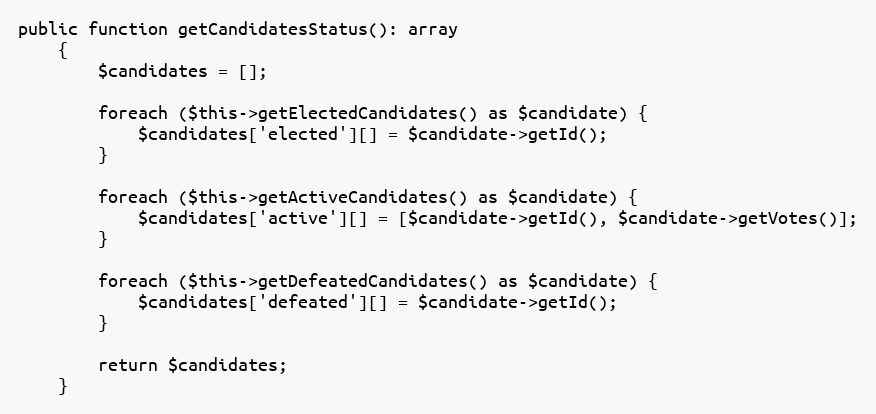
Language: PHP
public function getCandidatesStatus(): array
    {
        $candidates = [];

        foreach ($this->getElectedCandidates() as $candidate) {
            $candidates['elected'][] = $candidate->getId();
        }

        foreach ($this->getActiveCandidates() as $candidate) {
            $candidates['active'][] = [$candidate->getId(), $candidate->getVotes()];
        }

        foreach ($this->getDefeatedCandidates() as $candidate) {
            $candidates['defeated'][] = $candidate->getId();
        }

        return $candidates;
    }